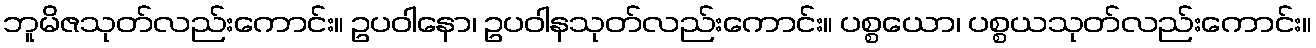
ဘူမိဇသုတ်လည်းကောင်း။ ဥပဝါနော၊ ဥပဝါနသုတ်လည်းကောင်း။ ပစ္စယော၊ ပစ္စယသုတ်လည်းကောင်း။